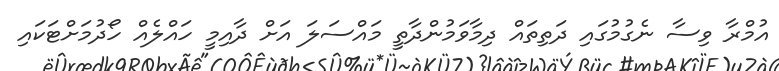
އުމްރާ ވިސާ ނެގުމުގައި ދަތިތައް ދިމާވަމުންދާތީ މައްސަލަ އަށް ދާއިމީ ހައްލެއް ހޯދުމަށްޓަކައި